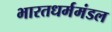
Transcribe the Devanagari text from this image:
भारतधर्ममंडल